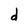
Character: d